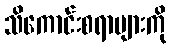
သိကောင်းစရာများကို